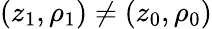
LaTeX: (z_{1},\rho_{1})\neq(z_{0},\rho_{0})